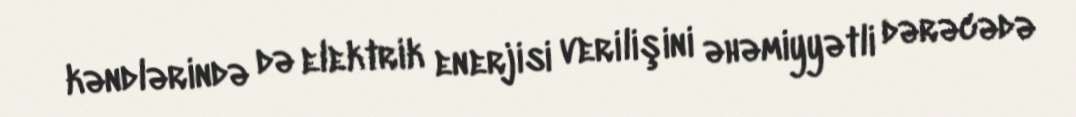
kəndlərində də elektrik enerjisi verilişini əhəmiyyətli dərəcədə